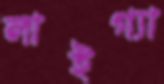
লাইগ্যা